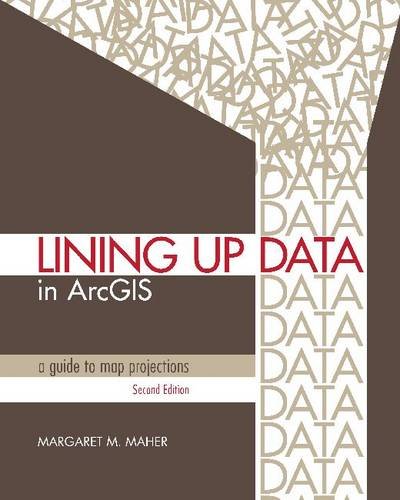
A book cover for Lining Up Data in ArcGIS: A Guide to Map Projections; Margaret M. Maher; Science & Math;